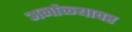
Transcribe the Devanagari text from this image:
अर्नाळ्यावर